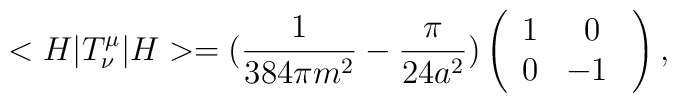
<H|T^{\mu}_{\nu}|H>=(\frac{1}{384\pi m^{2}}-\frac{\pi}{24  a^{2}})\left(\begin{array}{cc}  1 & 0 \\  0 & -1\  \end{array}\right),